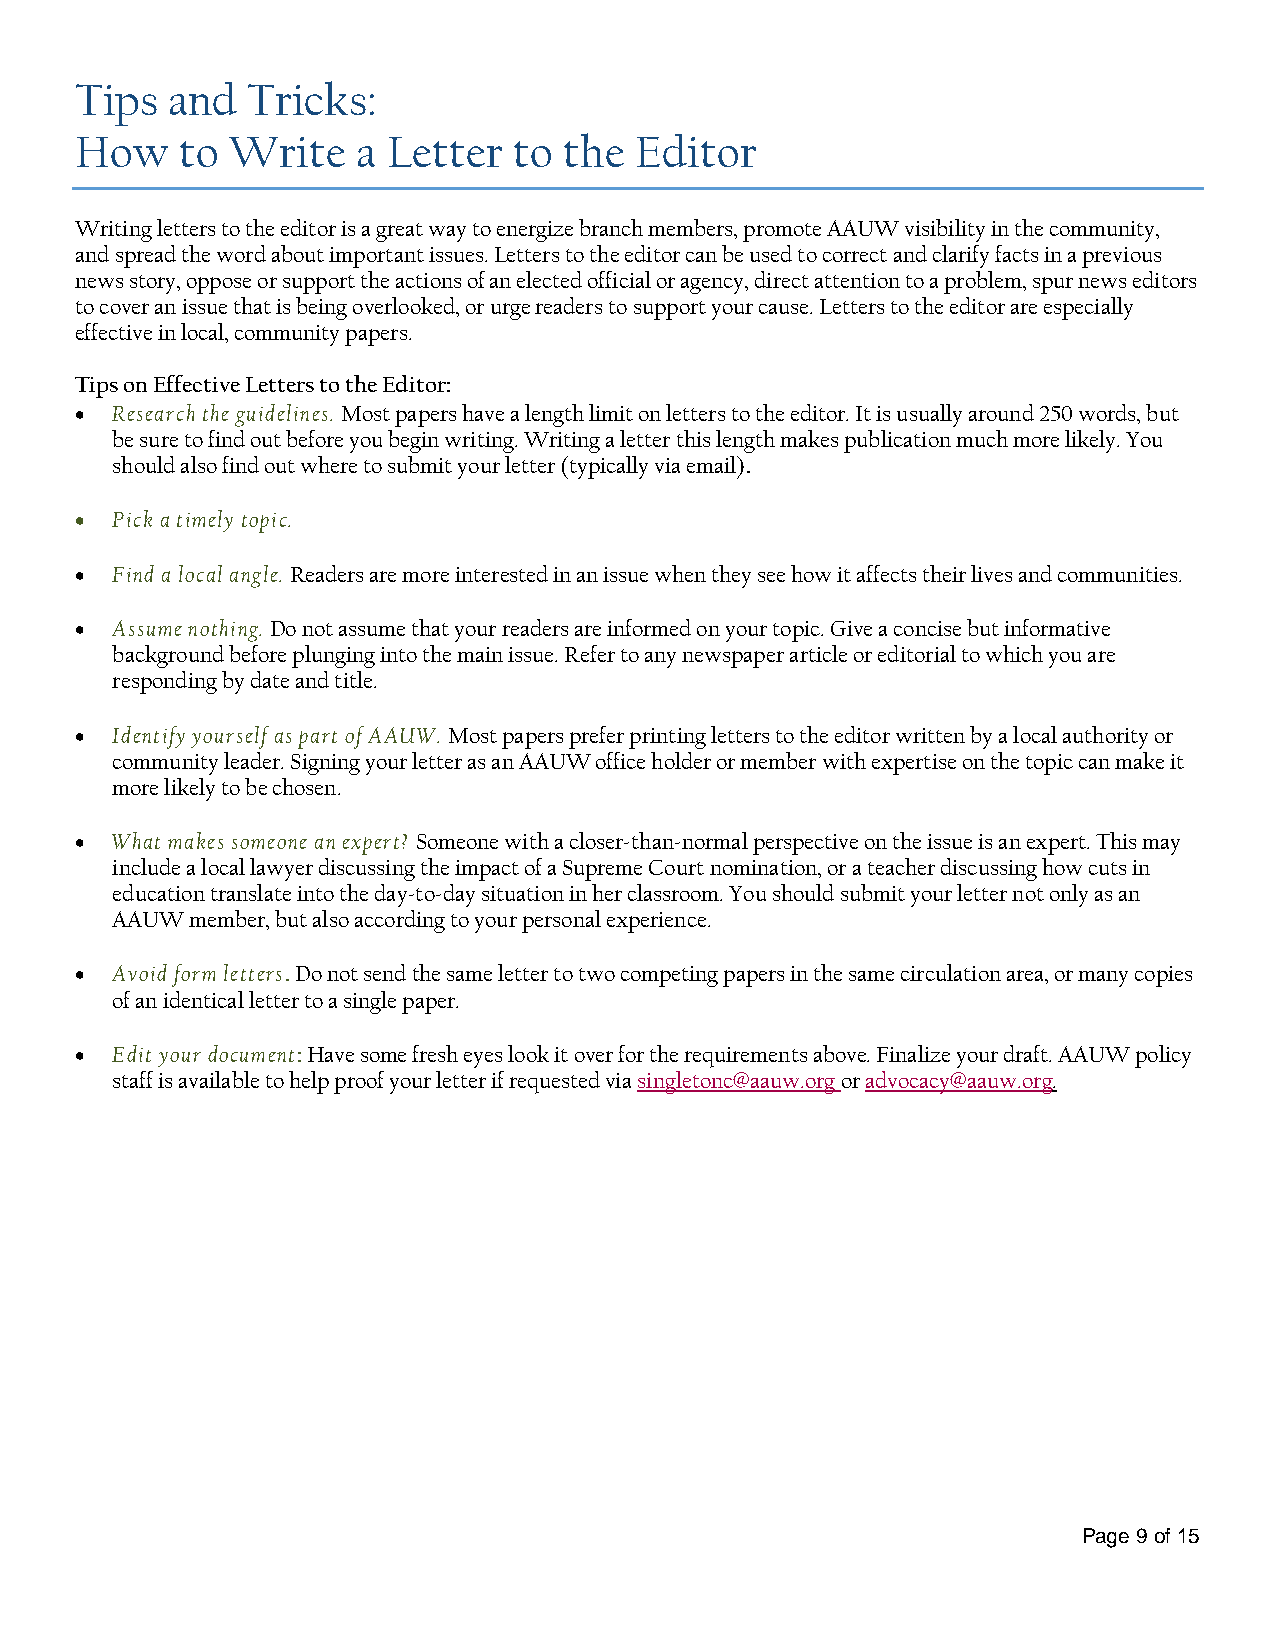
Tips  and  Tricks:
 How    to Write    a Letter  to the  Editor
 Writing letters to the editor is a great way to energize branch members, promote AAUW visibility in the community,
 and spread the word about important issues. Letters to the editor can be used to correct and clarify facts in a previous
 news story, oppose or support the actions of an elected official or agency, direct attention to a problem, spur news editors
 to cover an issue that is being overlooked, or urge readers to support your cause. Letters to the editor are especially
 effective in local, community papers.
 Tips on Effective Letters to the Editor:
  Research the guidelines. Most papers have a length limit on letters to the editor. It is usually around 250 words, but
 be sure to find out before you begin writing. Writing a letter this length makes publication much more likely. You
 should also find out where to submit your letter (typically via email).
  Pick a timely topic.
  Find a local angle. Readers are more interested in an issue when they see how it affects their lives and communities.
  Assume nothing. Do not assume that your readers are informed on your topic. Give a concise but informative
 background before plunging into the main issue. Refer to any newspaper article or editorial to which you are
 responding by date and title.
  Identify yourself as part of AAUW. Most papers prefer printing letters to the editor written by a local authority or
 community leader. Signing your letter as an AAUW office holder or member with expertise on the topic can make it
 more likely to be chosen.
  What makes someone an expert? Someone with a closer-than-normal perspective on the issue is an expert. This may
 include a local lawyer discussing the impact of a Supreme Court nomination, or a teacher discussing how cuts in
 education translate into the day-to-day situation in her classroom. You should submit your letter not only as an
 AAUW  member, but also according to your personal experience.
  Avoid form letters. Do not send the same letter to two competing papers in the same circulation area, or many copies
 of an identical letter to a single paper.
  Edit your document: Have some fresh eyes look it over for the requirements above. Finalize your draft. AAUW policy
 staff is available to help proof your letter if requested via singletonc@aauw.org or advocacy@aauw.org.
 Page 9 of 15